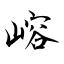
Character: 嵱